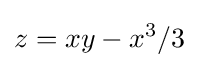
z=xy-x^{3}/3\